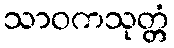
သာဝကသုတ္တံ